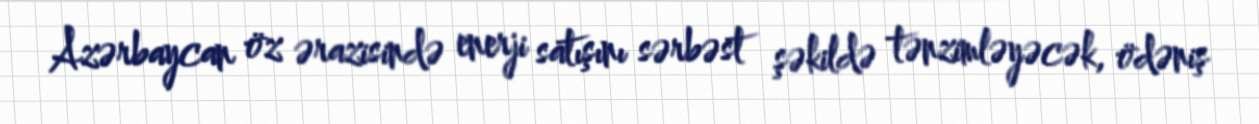
Azərbaycan öz ərazisində enerji satışını sərbəst şəkildə tənzimləyəcək, ödəniş